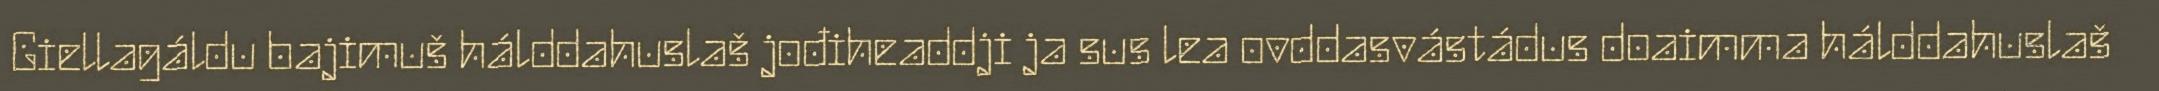
Giellagáldu bajimuš hálddahuslaš jođiheaddji ja sus lea ovddasvástádus doaimma hálddahuslaš